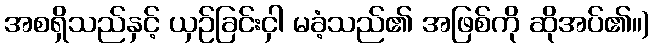
အစရှိသည်နှင့် ယှဉ်ခြင်းငှါ မခံ့သည်၏ အဖြစ်ကို ဆိုအပ်၏။)